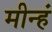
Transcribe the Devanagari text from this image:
मीन्हं